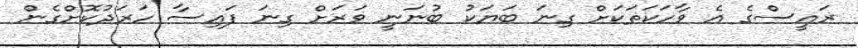
ރައީސްގެ އެ ވާހަކަތަކަށް ގިނަ ބަޔަކު ބުނަނީ ވަރަށް ގިނަ ފައިސާ ހަރަދުކޮށްގެން